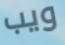
ويب